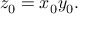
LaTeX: z _ { 0 } = x _ { 0 } y _ { 0 } .